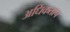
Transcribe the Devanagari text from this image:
अधिकताप